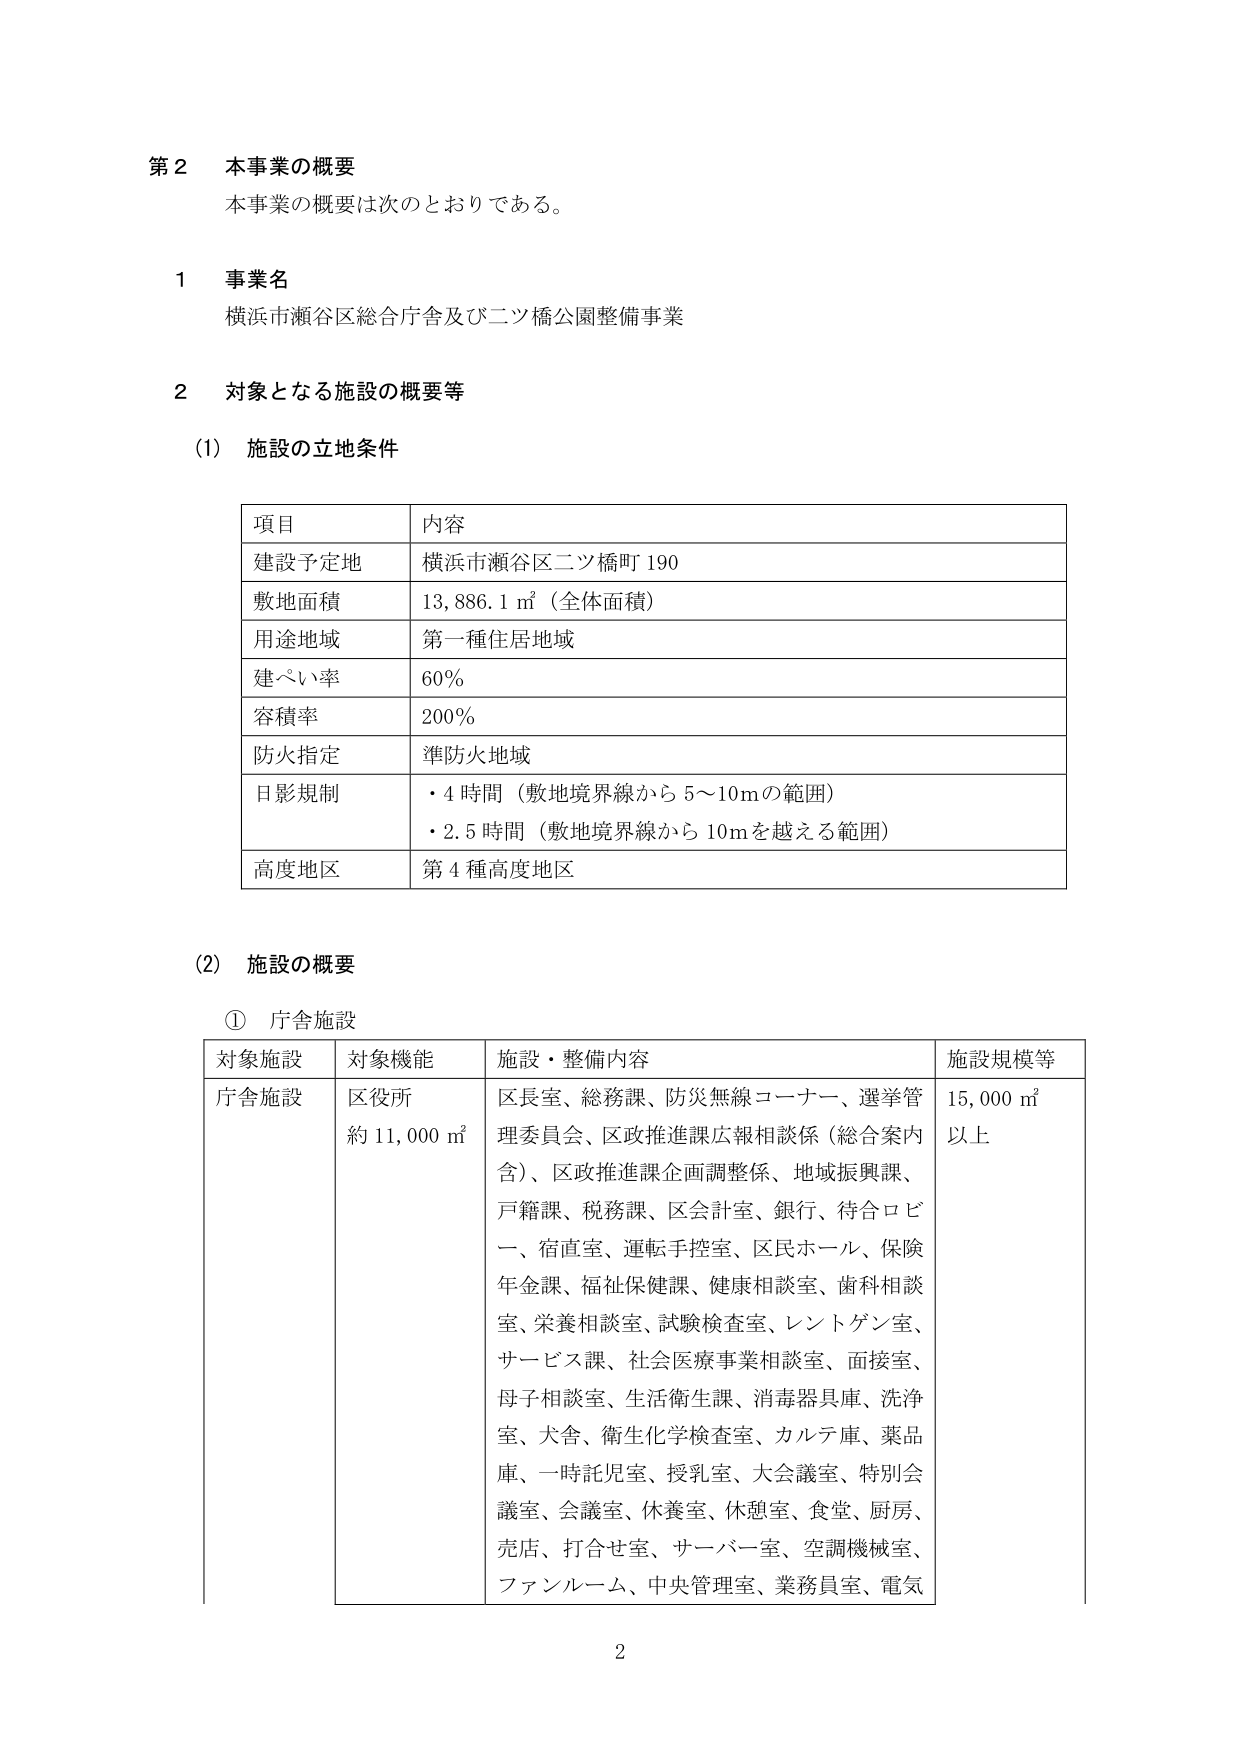
第２ 本事業の概要
本事業の概要は次のとおりである。

１ 事業名
横浜市瀬谷区総合庁舎及び二ツ橋公園整備事業

２ 対象となる施設の概要等

(1) 施設の立地条件

| 項目 | 内容 |
|------|------|
| 建設予定地 | 横浜市瀬谷区二ツ橋町190 |
| 敷地面積 | 13,886.1㎡（全体面積） |
| 用途地域 | 第一種住居地域 |
| 建ぺい率 | 60％ |
| 容積率 | 200％ |
| 防火指定 | 準防火地域 |
| 日影規制 | ・4時間（敷地境界線から5～10mの範囲）<br>・2.5時間（敷地境界線から10mを越える範囲） |
| 高度地区 | 第4種高度地区 |

(2) 施設の概要

① 庁舎施設

| 対象施設 | 対象機能 | 施設・整備内容 | 施設規模等 |
|----------|----------|----------------|------------|
| 庁舎施設 | 区役所<br>約11,000㎡ | 区長室、総務課、防災無線コーナー、選挙管理委員会、区政推進課広報相談係（総合案内含）、区政推進課企画調整係、地域振興課、戸籍課、税務課、区会計室、銀行、待合ロビー、宿直室、運転手控室、区民ホール、保険年金課、福祉保健課、健康相談室、歯科相談室、栄養相談室、試験検査室、レントゲン室、サービス課、社会医療事業相談室、面接室、母子相談室、生活衛生課、消毒器具庫、洗浄室、犬舎、衛生化学検査室、カルテ庫、薬品庫、一時託児室、授乳室、大会議室、特別会議室、会議室、休養室、休憩室、食堂、厨房、売店、打合せ室、サーバー室、空調機械室、ファンルーム、中央管理室、業務員室、電気 | 15,000㎡以上 |

2